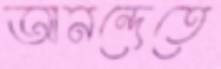
আনন্দেতে